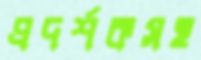
প্রদর্শকসহ